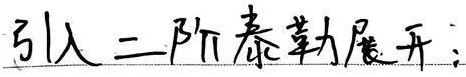
引入二阶泰勒展开；